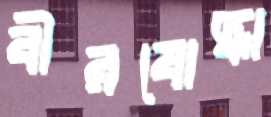
বীরযোদ্ধা